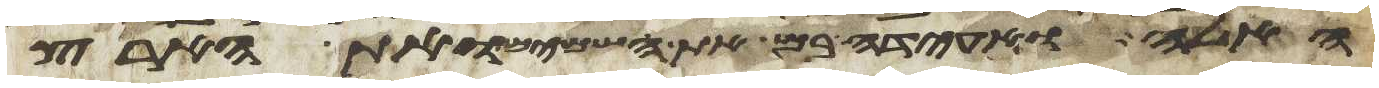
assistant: האלה ואעידה בם את השמים ואת הארץ